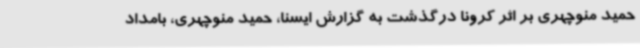
حمید منوچهری بر اثر کرونا درگذشت به گزارش ایسنا، حمید منوچهری،‌ بامداد